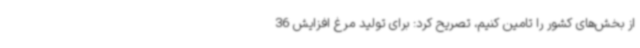
از بخش‌های کشور را تامین کنیم، تصریح کرد: برای تولید مرغ افزایش 36